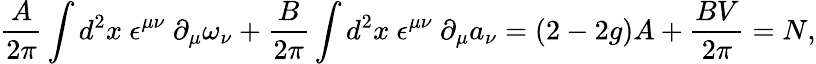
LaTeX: \frac{A}{2\pi}\int d^{2}x~\epsilon^{\mu\nu}~\partial_{\mu}\omega_{\nu}+\frac{B}{2\pi}\int d^{2}x~\epsilon^{\mu\nu}~\partial_{\mu}a_{\nu}=(2-2g)A+\frac{BV}{2\pi}=N,